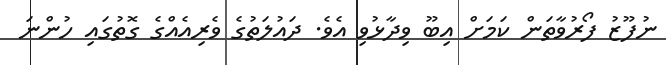
ނުފޫޒު ފޯރުވާތަން ކަމަށް އިބޫ ވިދާޅުވި އެވެ. ދައުލަތުގެ ވެރިއެއްގެ ގޮތުގައި ހުންނަ